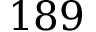
1 8 9